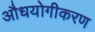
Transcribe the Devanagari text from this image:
औधयोगीकरण